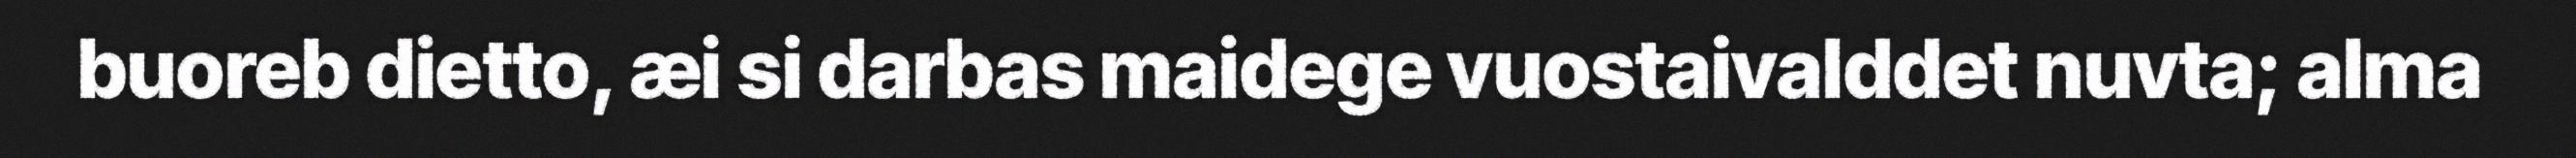
buoreb dietto, æi si darbas maidege vuostaivalddet nuvta; alma